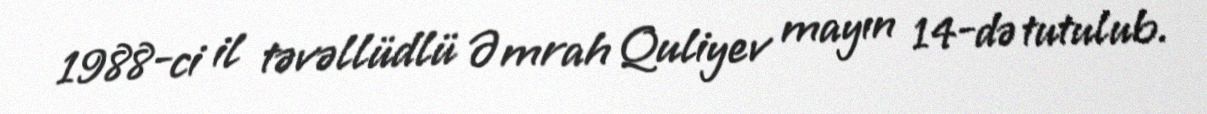
1988-ci il təvəllüdlü Əmrah Quliyev mayın 14-də tutulub.